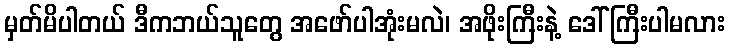
မှတ်မိပါတယ် ဒီကဘယ်သူတွေ အဖော်ပါအုံးမလဲ၊ အဖိုးကြီးနဲ့ ဒေါ်ကြီးပါမလား